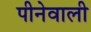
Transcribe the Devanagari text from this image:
पीनेवाली